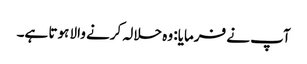
آپ نے فرمایا: وہ حلالہ کرنے والا ہوتا ہے۔